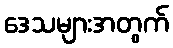
ဒေသများအတွက်